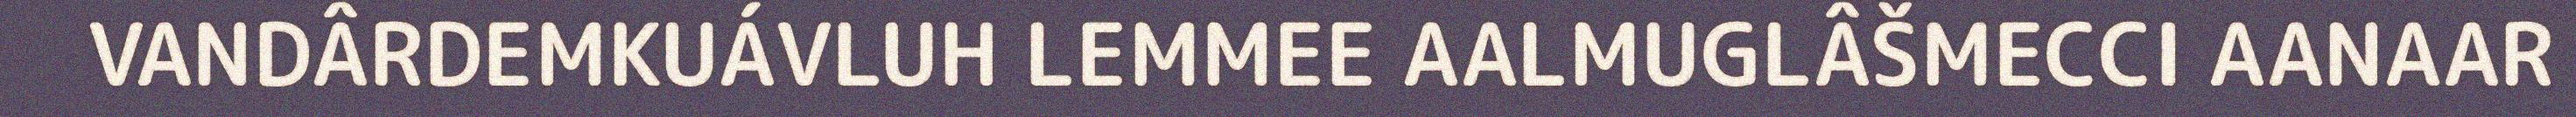
VANDÂRDEMKUÁVLUH LEMMEE AALMUGLÂŠMECCI AANAAR